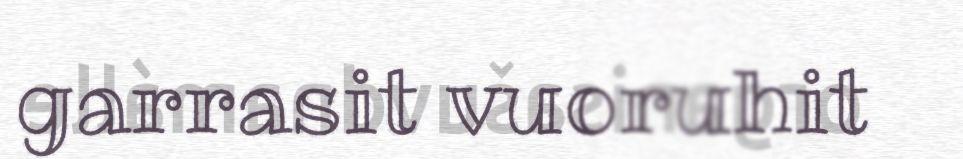
garrasit vuoruhit